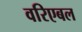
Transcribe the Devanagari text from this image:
वरिएबल